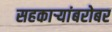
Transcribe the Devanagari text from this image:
सहकाऱ्यांबरोबर